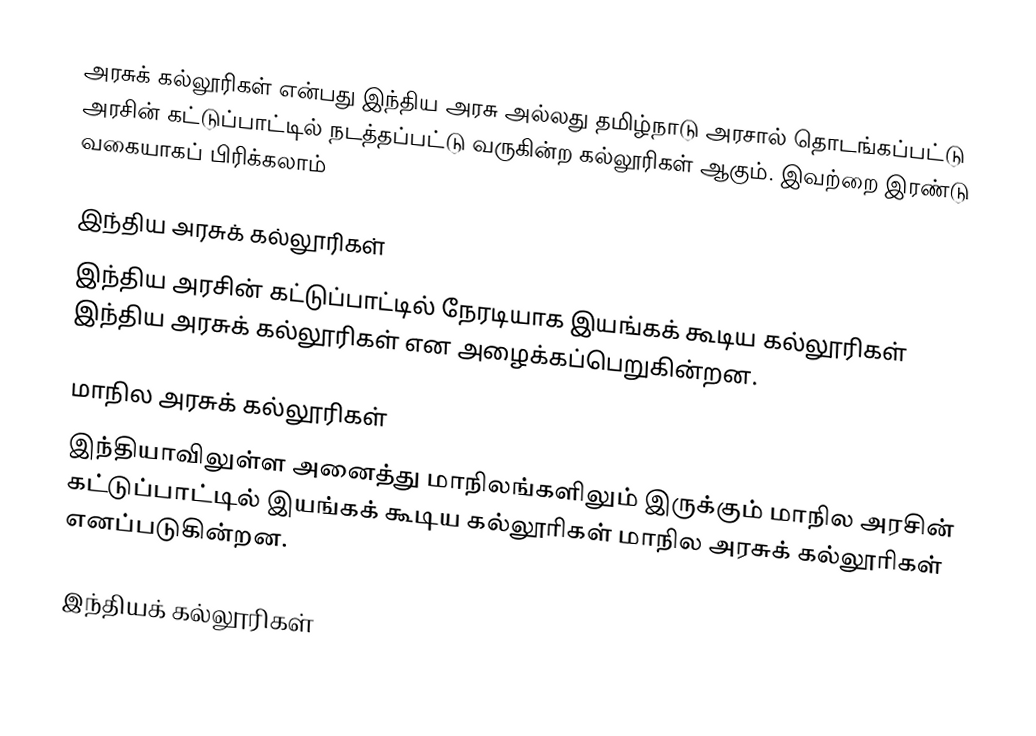
அரசுக்  கல்லூரிகள் என்பது இந்திய அரசு அல்லது தமிழ்நாடு அரசால் தொடங்கப்பட்டு அரசின் கட்டுப்பாட்டில் நடத்தப்பட்டு வருகின்ற கல்லூரிகள் ஆகும். இவற்றை இரண்டு வகையாகப் பிரிக்கலாம்

இந்திய அரசுக் கல்லூரிகள்
இந்திய அரசின் கட்டுப்பாட்டில் நேரடியாக இயங்கக் கூடிய கல்லூரிகள் இந்திய அரசுக் கல்லூரிகள் என அழைக்கப்பெறுகின்றன.

மாநில அரசுக் கல்லூரிகள்
இந்தியாவிலுள்ள அனைத்து மாநிலங்களிலும் இருக்கும் மாநில அரசின் கட்டுப்பாட்டில் இயங்கக் கூடிய கல்லூரிகள் மாநில அரசுக் கல்லூரிகள் எனப்படுகின்றன.

இந்தியக் கல்லூரிகள்